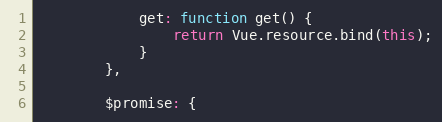
Language: JavaScript
            get: function get() {
                return Vue.resource.bind(this);
            }
        },

        $promise: {